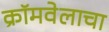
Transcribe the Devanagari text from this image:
क्रॉमवेलाचा